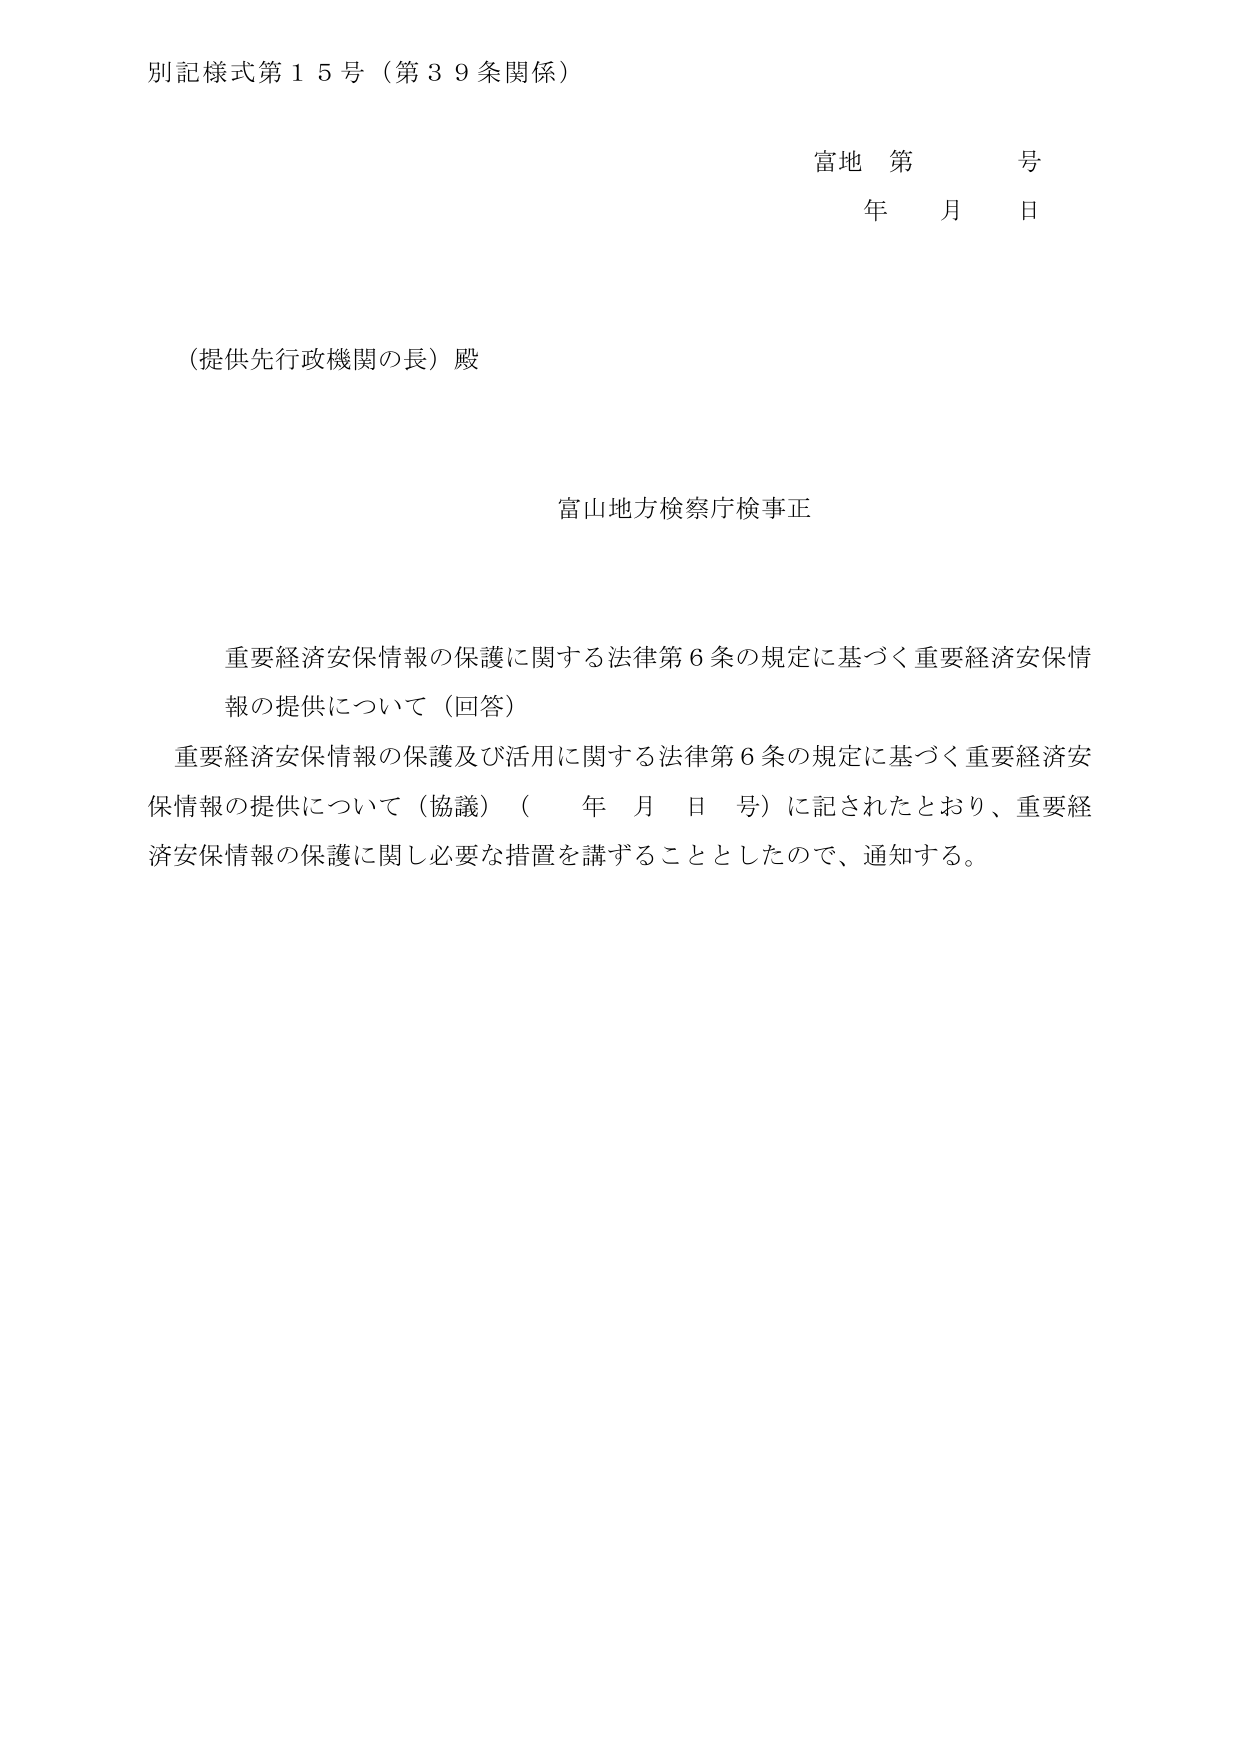
別記様式第１５号（第３９条関係）

富地 第 号
年 月 日

（提供先行政機関の長）殿

富山地方検察庁検事正

重要経済安保情報の保護に関する法律第６条の規定に基づく重要経済安保情報の提供について（回答）

重要経済安保情報の保護及び活用に関する法律第６条の規定に基づく重要経済安保情報の提供について（協議）（ 年 月 日 号）に記されたとおり、重要経済安保情報の保護に関し必要な措置を講ずることとしたので、通知する。